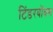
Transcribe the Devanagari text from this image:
टिंडरबॉक्स